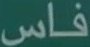
فاس